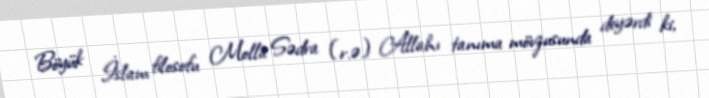
Böyük İslam filosofu Molla Sədra (r.ə) Allahı tanıma mövzusunda deyərdi ki,